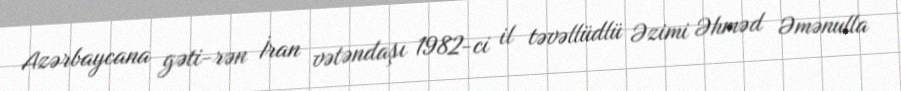
Azərbaycana gəti­rən İran vətəndaşı 1982-ci il təvəllüdlü Əzimi Əhməd Əmənulla